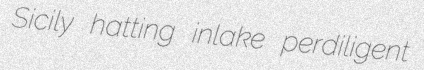
Sicily hatting inlake perdiligent